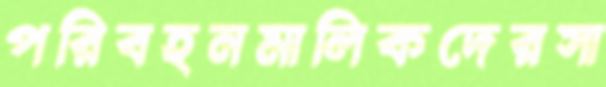
পরিবহনমালিকদেরসা